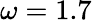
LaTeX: \omega=1.7